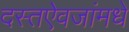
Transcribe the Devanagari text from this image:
दस्तऐवजांमधे